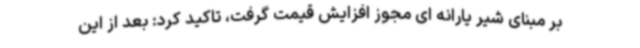
بر مبنای شیر یارانه ای مجوز افزایش قیمت گرفت، تاکید کرد: بعد از این